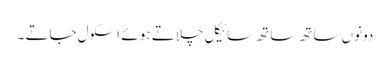
دونوں ساتھ ساتھ سائیکل چلاتے ہو ئے اسکول جاتے ۔